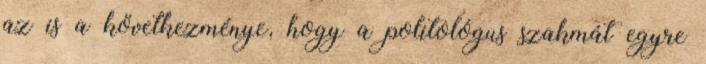
az is a következménye, hogy a politológus szakmát egyre